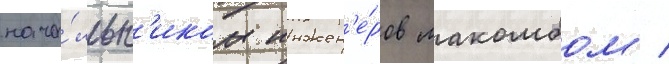
нача́льн'иком инжен'е́ров макомбом /